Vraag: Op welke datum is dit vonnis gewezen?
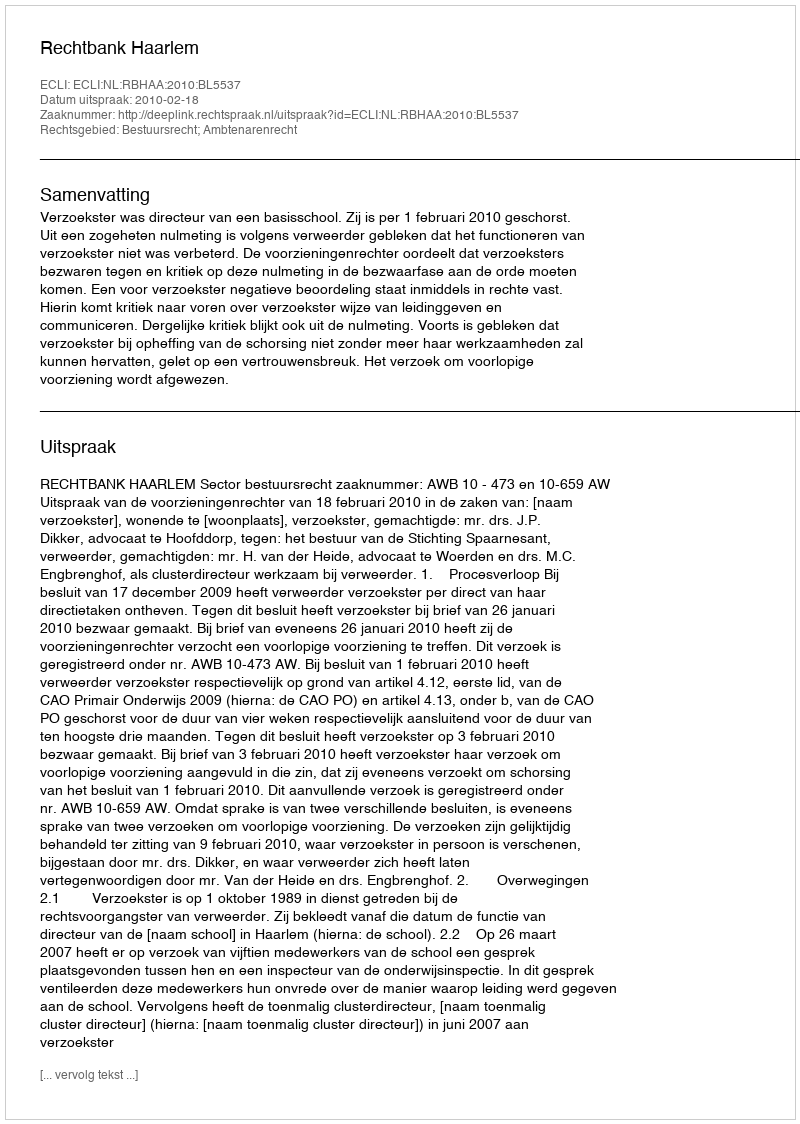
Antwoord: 2010-02-18